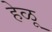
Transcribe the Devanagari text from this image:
हेळू